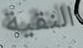
النقية